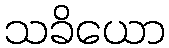
သခိယော